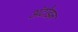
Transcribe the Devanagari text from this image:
अंटोइन